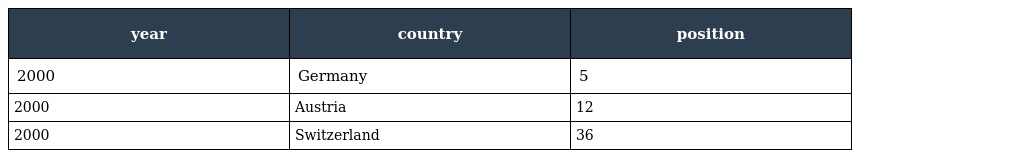
| year | country | position |
 | --- | --- | --- |
 | 2000 | Germany | 5 |
 | 2000 | Austria | 12 |
 | 2000 | Switzerland | 36 |